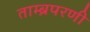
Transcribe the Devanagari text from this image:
ताम्ब्रपरणी